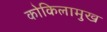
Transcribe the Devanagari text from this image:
कोकिलामुख